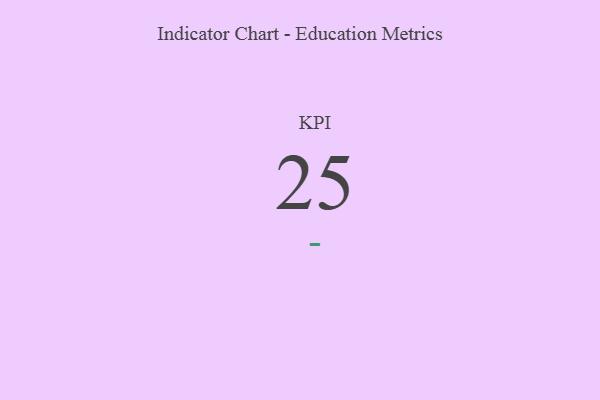
{"axis": {"x": "KPI", "y": "Value"}, "legend": [""], "data": [{"x": "KPI", "y": 25, "type": ""}]}